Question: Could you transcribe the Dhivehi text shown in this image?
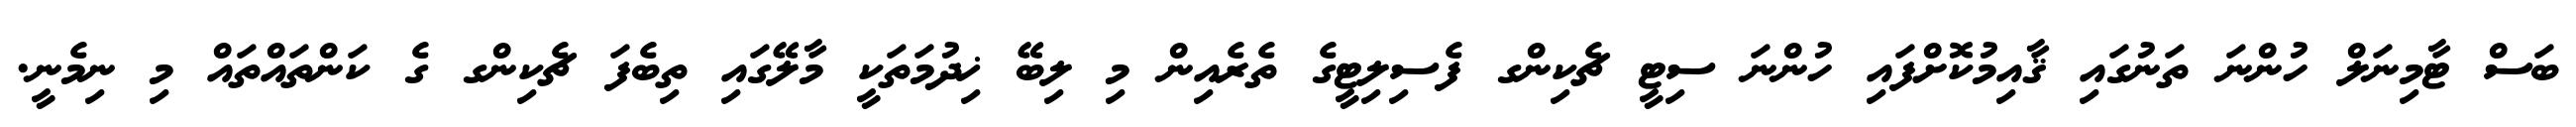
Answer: ބަސް ޓާމިނަލް ހުންނަ ތަނުގައި ޤާއިމުކޮށްފައި ހުންނަ ސިޓީ ޗެކިންގ ފެސިލިޓީގެ ތެރެއިން މި ލިބޭ ޚިދުމަތަކީ މާލޭގައި ތިބެފަ ޗެކިންގ ގެ ކަންތައްތައް މި ނިމެނީ.